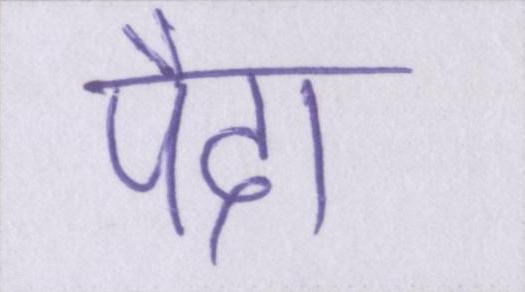
पैदा